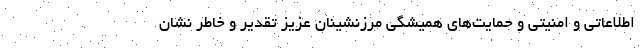
اطلاعاتی و امنیتی و حمایت‌های همیشگی مرزنشینان عزیز تقدیر و خاطر نشان